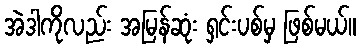
အဲဒါကိုလည်း အမြန်ဆုံး ရှင်းပစ်မှ ဖြစ်မယ်။